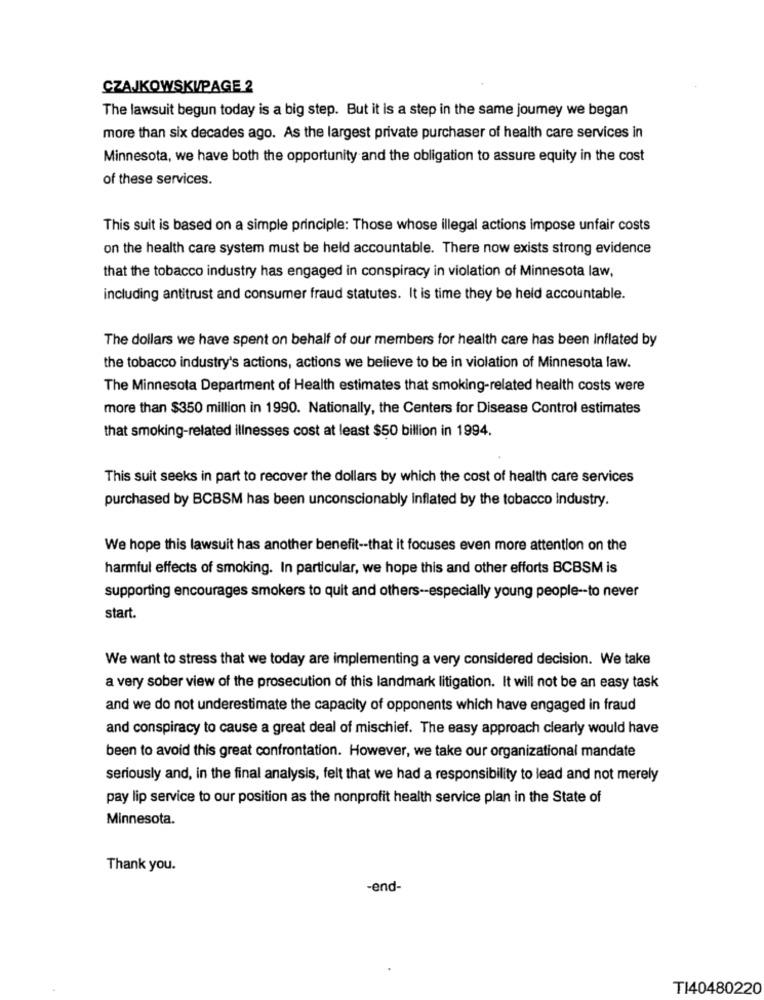
CZAJKOWSKIPAGE 2
The lawsuit begun today is a big step. But it is a step in the same joumey we began
more than six decades ago. As the largest private purchaser of health care services in
Minnesota, we have both the opportunity and the obligation to assure equity in the cost
of these services.
This suit is based on a simple principle: Those whose illegal actions impose unfair costs
on the health care system must be held accountable. There now exists strong evidence
that the tobacco industry has engaged in conspiracy in violation of Minnesota law,
including antitrust and consumer fraud statutes. It is time they be held accountable.
The dollars we have spent on behalf of our members for health care has been Inflated by
the tobacco industry's actions, actions we believe to be in violation of Minnesota law.
The Minnesota Department of Health estimates that smoking-related health costs were
more than $350 million in 1990. Nationally, the Centers for Disease Control estimates
that smoking-related illnesses cost at least $50 billion in 1994.
This suit seeks in part to recover the dollars by which the cost of health care services
purchased by BCBSM has been unconscionably Inflated by the tobacco Industry.
We hope this lawsuit has another benefit -- that it focuses even more attention on the
harmful effects of smoking. In particular, we hope this and other efforts BCBSM is
supporting encourages smokers to quit and others -- especially young people -- to never
start.
We want to stress that we today are implementing a very considered decision. We take
a very sober view of the prosecution of this landmark litigation. It will not be an easy task
and we do not underestimate the capacity of opponents which have engaged in fraud
and conspiracy to cause a great deal of mischief. The easy approach clearly would have
been to avoid this great confrontation. However, we take our organizational mandate
seriously and, in the final analysis, felt that we had a responsibility to lead and not merely
pay lip service to our position as the nonprofit health service plan in the State of
Minnesota.
Thank you.
-end-
TI40480220